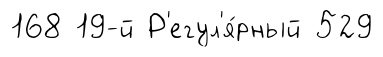
168 19-й Р'егул'я́рный 529